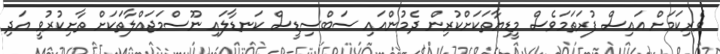
ވެރިކަމަށް އައިސް ފުރަތަމަވެސް މީޑިޔާތަކަށްކުރިން ދެމުންއައި ސަބްސިޑީސް ކަނޑާލައި ނޫސްމަޖައްލާތަކަށް ތާށިކުރުވީ އަދި